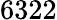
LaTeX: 6322